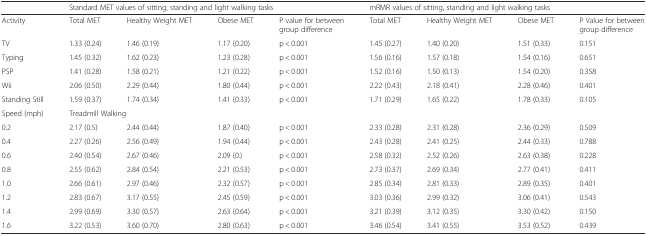
<table><thead><tr><td></td><td colspan="4"><b>Standard MET values of sitting, standing and light walking tasks</b></td><td colspan="4"><b>mRMR values of sitting, standing and light walking tasks</b></td></tr></thead><tbody><tr><td>Activity</td><td>Total MET</td><td>Healthy Weight MET</td><td>Obese MET</td><td>P value for between group difference</td><td>Total MET</td><td>Healthy Weight MET</td><td>Obese MET</td><td>P Value for between group difference</td></tr><tr><td>TV</td><td>1.33 (0.24)</td><td>1.46 (0.19)</td><td>1.17 (0.20)</td><td>p &lt; 0.001</td><td>1.45 (0.27)</td><td>1.40 (0.20)</td><td>1.51 (0.33)</td><td>0.151</td></tr><tr><td>Typing</td><td>1.45 (0.32)</td><td>1.62 (0.23)</td><td>1.23 (0.28)</td><td>p &lt; 0.001</td><td>1.56 (0.16)</td><td>1.57 (0.18)</td><td>1.54 (0.16)</td><td>0.651</td></tr><tr><td>PSP</td><td>1.41 (0.28)</td><td>1.58 (0.21)</td><td>1.21 (0.22)</td><td>p &lt; 0.001</td><td>1.52 (0.16)</td><td>1.50 (0.13)</td><td>1.54 (0.20)</td><td>0.358</td></tr><tr><td>Wii</td><td>2.06 (0.50)</td><td>2.29 (0.44)</td><td>1.80 (0.44)</td><td>p &lt; 0.001</td><td>2.22 (0.43)</td><td>2.18 (0.41)</td><td>2.28 (0.46)</td><td>0.401</td></tr><tr><td>Standing Still</td><td>1.59 (0.37)</td><td>1.74 (0.34)</td><td>1.41 (0.33)</td><td>p &lt; 0.001</td><td>1.71 (0.29)</td><td>1.65 (0.22)</td><td>1.78 (0.33)</td><td>0.105</td></tr><tr><td>Speed (mph)</td><td colspan="8">Treadmill Walking</td></tr><tr><td>0.2</td><td>2.17 (0.5)</td><td>2.44 (0.44)</td><td>1.87 (0.40)</td><td>p &lt; 0.001</td><td>2.33 (0.28)</td><td>2.31 (0.28)</td><td>2.36 (0.29)</td><td>0.509</td></tr><tr><td>0.4</td><td>2.27 (0.26)</td><td>2.56 (0.49)</td><td>1.94 (0.44)</td><td>p &lt; 0.001</td><td>2.43 (0.28)</td><td>2.41 (0.25)</td><td>2.44 (0.33)</td><td>0.788</td></tr><tr><td>0.6</td><td>2.40 (0.54)</td><td>2.67 (0.46)</td><td>2.09 (0.)</td><td>p &lt; 0.001</td><td>2.58 (0.32)</td><td>2.52 (0.26)</td><td>2.63 (0.38)</td><td>0.228</td></tr><tr><td>0.8</td><td>2.55 (0.62)</td><td>2.84 (0.54)</td><td>2.21 (0.53)</td><td>p &lt; 0.001</td><td>2.73 (0.37)</td><td>2.69 (0.34)</td><td>2.77 (0.41)</td><td>0.411</td></tr><tr><td>1.0</td><td>2.66 (0.61)</td><td>2.97 (0.46)</td><td>2.32 (0.57)</td><td>p &lt; 0.001</td><td>2.85 (0.34)</td><td>2.81 (0.33)</td><td>2.89 (0.35)</td><td>0.401</td></tr><tr><td>1.2</td><td>2.83 (0.67)</td><td>3.17 (0.55)</td><td>2.45 (0.59)</td><td>p &lt; 0.001</td><td>3.03 (0.36)</td><td>2.99 (0.32)</td><td>3.06 (0.41)</td><td>0.543</td></tr><tr><td>1.4</td><td>2.99 (0.69)</td><td>3.30 (0.57)</td><td>2.63 (0.64)</td><td>p &lt; 0.001</td><td>3.21 (0.39)</td><td>3.12 (0.35)</td><td>3.30 (0.42)</td><td>0.150</td></tr><tr><td>1.6</td><td>3.22 (0.53)</td><td>3.60 (0.70)</td><td>2.80 (0.63)</td><td>p &lt; 0.001</td><td>3.46 (0.54)</td><td>3.41 (0.55)</td><td>3.53 (0.52)</td><td>0.439</td></tr></tbody></table>